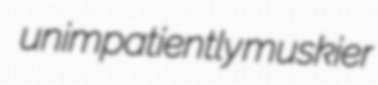
unimpatiently muskier